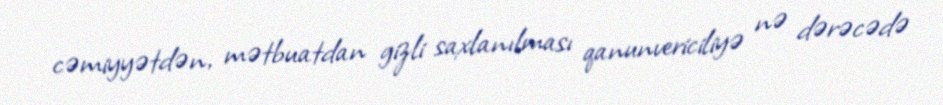
cəmiyyətdən, mətbuatdan gizli saxlanılması qanunvericiliyə nə dərəcədə